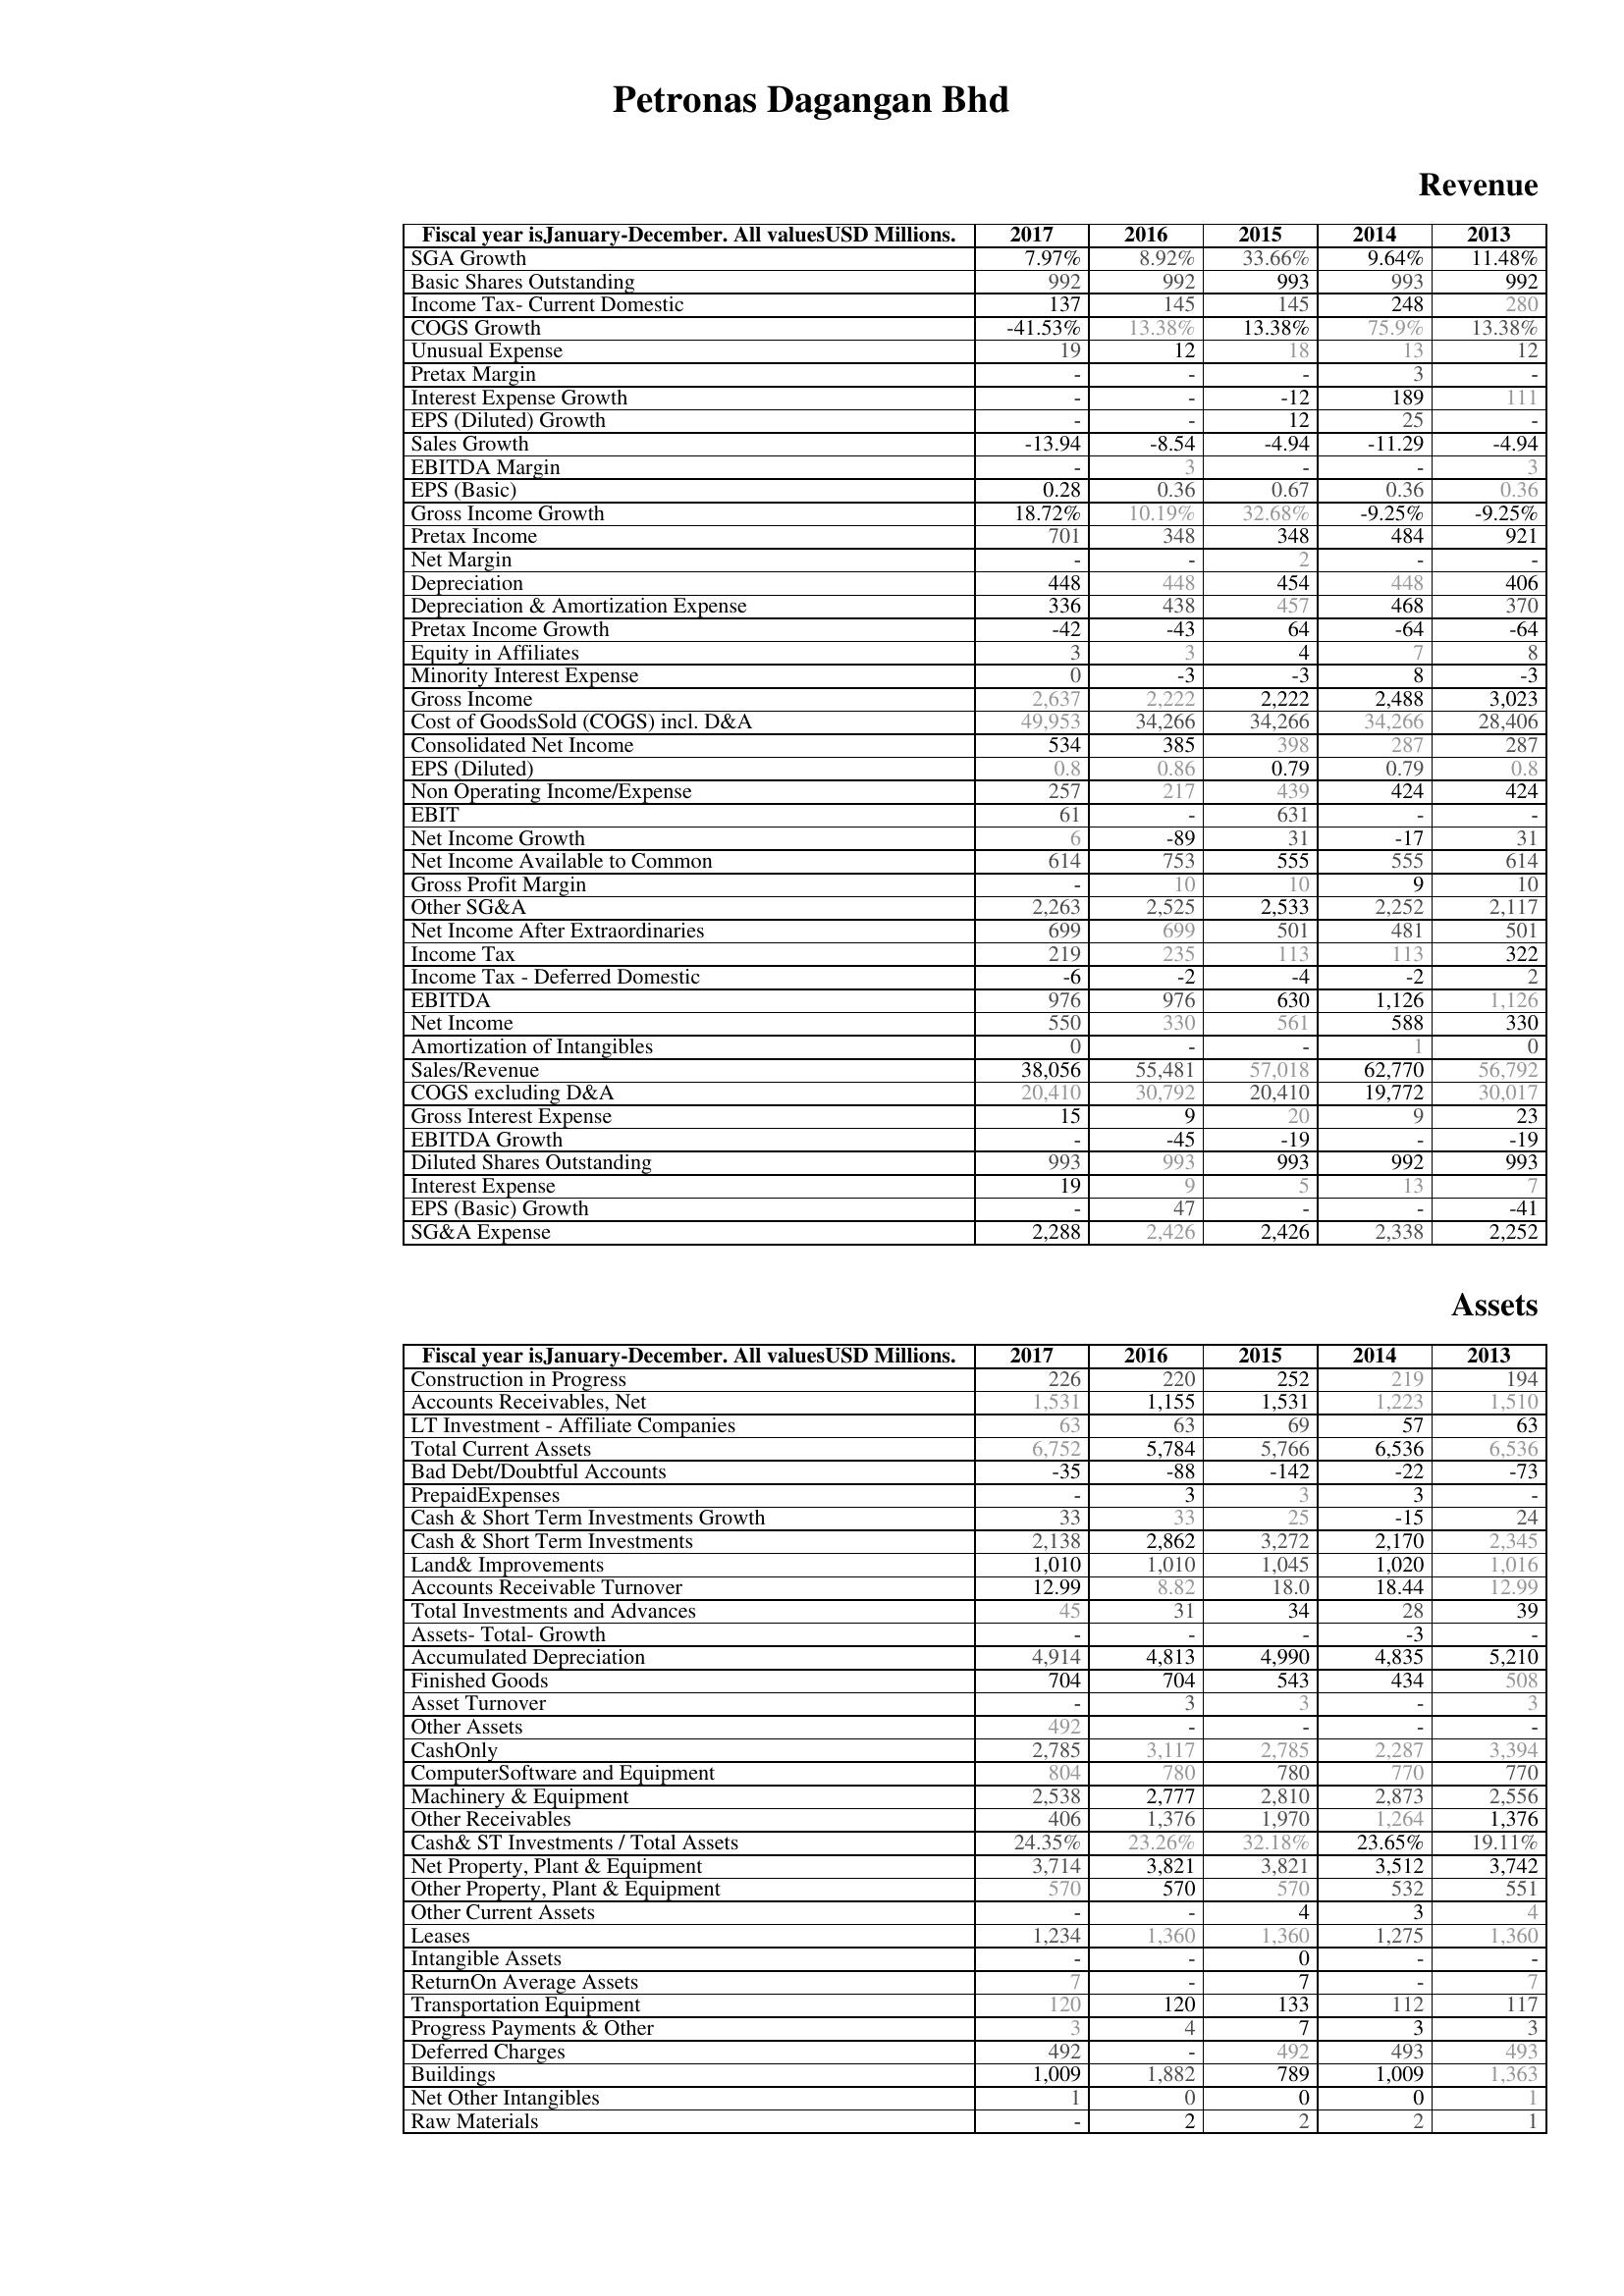
2017: Revenue: SGA Growth: 7.97%
Basic Shares Outstanding: 992
Income Tax- Current Domestic: 137
COGS Growth: -41.53%
Unusual Expense: 19
Pretax Margin: -
Interest Expense Growth: -
EPS (Diluted) Growth: -
Sales Growth: -13.94
EBITDA Margin: -
EPS (Basic): 0.28
Gross Income Growth: 18.72%
Pretax Income: 701
Net Margin: -
Depreciation: 448
Depreciation & Amortization Expense: 336
Pretax Income Growth: -42
Equity in Affiliates: 3
Minority Interest Expense: 0
Gross Income: 2,637
Cost of GoodsSold (COGS) incl. D&A: 49,953
Consolidated Net Income: 534
EPS (Diluted): 0.8
Non Operating Income/Expense: 257
EBIT: 61
Net Income Growth: 6
Net Income Available to Common: 614
Gross Profit Margin: -
Other SG&A: 2,263
Net Income After Extraordinaries: 699
Income Tax: 219
Income Tax - Deferred Domestic: -6
EBITDA: 976
Net Income: 550
Amortization of Intangibles: 0
Sales/Revenue: 38,056
COGS excluding D&A: 20,410
Gross Interest Expense: 15
EBITDA Growth: -
Diluted Shares Outstanding: 993
Interest Expense: 19
EPS (Basic) Growth: -
SG&A Expense: 2,288
Assets: Construction in Progress: 226
Accounts Receivables, Net: 1,531
LT Investment - Affiliate Companies: 63
Total Current Assets: 6,752
Bad Debt/Doubtful Accounts: -35
PrepaidExpenses: -
Cash & Short Term Investments Growth: 33
Cash & Short Term Investments: 2,138
Land& Improvements: 1,010
Accounts Receivable Turnover: 12.99
Total Investments and Advances: 45
Assets- Total- Growth: -
Accumulated Depreciation: 4,914
Finished Goods: 704
Asset Turnover: -
Other Assets: 492
CashOnly: 2,785
ComputerSoftware and Equipment: 804
Machinery & Equipment: 2,538
Other Receivables: 406
Cash& ST Investments / Total Assets: 24.35%
Net Property, Plant & Equipment: 3,714
Other Property, Plant & Equipment: 570
Other Current Assets: -
Leases: 1,234
Intangible Assets: -
ReturnOn Average Assets: 7
Transportation Equipment: 120
Progress Payments & Other: 3
Deferred Charges: 492
Buildings: 1,009
Net Other Intangibles: 1
Raw Materials: -
2016: Revenue: SGA Growth: 8.92%
Basic Shares Outstanding: 992
Income Tax- Current Domestic: 145
COGS Growth: 13.38%
Unusual Expense: 12
Pretax Margin: -
Interest Expense Growth: -
EPS (Diluted) Growth: -
Sales Growth: -8.54
EBITDA Margin: 3
EPS (Basic): 0.36
Gross Income Growth: 10.19%
Pretax Income: 348
Net Margin: -
Depreciation: 448
Depreciation & Amortization Expense: 438
Pretax Income Growth: -43
Equity in Affiliates: 3
Minority Interest Expense: -3
Gross Income: 2,222
Cost of GoodsSold (COGS) incl. D&A: 34,266
Consolidated Net Income: 385
EPS (Diluted): 0.86
Non Operating Income/Expense: 217
EBIT: -
Net Income Growth: -89
Net Income Available to Common: 753
Gross Profit Margin: 10
Other SG&A: 2,525
Net Income After Extraordinaries: 699
Income Tax: 235
Income Tax - Deferred Domestic: -2
EBITDA: 976
Net Income: 330
Amortization of Intangibles: -
Sales/Revenue: 55,481
COGS excluding D&A: 30,792
Gross Interest Expense: 9
EBITDA Growth: -45
Diluted Shares Outstanding: 993
Interest Expense: 9
EPS (Basic) Growth: 47
SG&A Expense: 2,426
Assets: Construction in Progress: 220
Accounts Receivables, Net: 1,155
LT Investment - Affiliate Companies: 63
Total Current Assets: 5,784
Bad Debt/Doubtful Accounts: -88
PrepaidExpenses: 3
Cash & Short Term Investments Growth: 33
Cash & Short Term Investments: 2,862
Land& Improvements: 1,010
Accounts Receivable Turnover: 8.82
Total Investments and Advances: 31
Assets- Total- Growth: -
Accumulated Depreciation: 4,813
Finished Goods: 704
Asset Turnover: 3
Other Assets: -
CashOnly: 3,117
ComputerSoftware and Equipment: 780
Machinery & Equipment: 2,777
Other Receivables: 1,376
Cash& ST Investments / Total Assets: 23.26%
Net Property, Plant & Equipment: 3,821
Other Property, Plant & Equipment: 570
Other Current Assets: -
Leases: 1,360
Intangible Assets: -
ReturnOn Average Assets: -
Transportation Equipment: 120
Progress Payments & Other: 4
Deferred Charges: -
Buildings: 1,882
Net Other Intangibles: 0
Raw Materials: 2
2015: Revenue: SGA Growth: 33.66%
Basic Shares Outstanding: 993
Income Tax- Current Domestic: 145
COGS Growth: 13.38%
Unusual Expense: 18
Pretax Margin: -
Interest Expense Growth: -12
EPS (Diluted) Growth: 12
Sales Growth: -4.94
EBITDA Margin: -
EPS (Basic): 0.67
Gross Income Growth: 32.68%
Pretax Income: 348
Net Margin: 2
Depreciation: 454
Depreciation & Amortization Expense: 457
Pretax Income Growth: 64
Equity in Affiliates: 4
Minority Interest Expense: -3
Gross Income: 2,222
Cost of GoodsSold (COGS) incl. D&A: 34,266
Consolidated Net Income: 398
EPS (Diluted): 0.79
Non Operating Income/Expense: 439
EBIT: 631
Net Income Growth: 31
Net Income Available to Common: 555
Gross Profit Margin: 10
Other SG&A: 2,533
Net Income After Extraordinaries: 501
Income Tax: 113
Income Tax - Deferred Domestic: -4
EBITDA: 630
Net Income: 561
Amortization of Intangibles: -
Sales/Revenue: 57,018
COGS excluding D&A: 20,410
Gross Interest Expense: 20
EBITDA Growth: -19
Diluted Shares Outstanding: 993
Interest Expense: 5
EPS (Basic) Growth: -
SG&A Expense: 2,426
Assets: Construction in Progress: 252
Accounts Receivables, Net: 1,531
LT Investment - Affiliate Companies: 69
Total Current Assets: 5,766
Bad Debt/Doubtful Accounts: -142
PrepaidExpenses: 3
Cash & Short Term Investments Growth: 25
Cash & Short Term Investments: 3,272
Land& Improvements: 1,045
Accounts Receivable Turnover: 18.0
Total Investments and Advances: 34
Assets- Total- Growth: -
Accumulated Depreciation: 4,990
Finished Goods: 543
Asset Turnover: 3
Other Assets: -
CashOnly: 2,785
ComputerSoftware and Equipment: 780
Machinery & Equipment: 2,810
Other Receivables: 1,970
Cash& ST Investments / Total Assets: 32.18%
Net Property, Plant & Equipment: 3,821
Other Property, Plant & Equipment: 570
Other Current Assets: 4
Leases: 1,360
Intangible Assets: 0
ReturnOn Average Assets: 7
Transportation Equipment: 133
Progress Payments & Other: 7
Deferred Charges: 492
Buildings: 789
Net Other Intangibles: 0
Raw Materials: 2
2014: Revenue: SGA Growth: 9.64%
Basic Shares Outstanding: 993
Income Tax- Current Domestic: 248
COGS Growth: 75.9%
Unusual Expense: 13
Pretax Margin: 3
Interest Expense Growth: 189
EPS (Diluted) Growth: 25
Sales Growth: -11.29
EBITDA Margin: -
EPS (Basic): 0.36
Gross Income Growth: -9.25%
Pretax Income: 484
Net Margin: -
Depreciation: 448
Depreciation & Amortization Expense: 468
Pretax Income Growth: -64
Equity in Affiliates: 7
Minority Interest Expense: 8
Gross Income: 2,488
Cost of GoodsSold (COGS) incl. D&A: 34,266
Consolidated Net Income: 287
EPS (Diluted): 0.79
Non Operating Income/Expense: 424
EBIT: -
Net Income Growth: -17
Net Income Available to Common: 555
Gross Profit Margin: 9
Other SG&A: 2,252
Net Income After Extraordinaries: 481
Income Tax: 113
Income Tax - Deferred Domestic: -2
EBITDA: 1,126
Net Income: 588
Amortization of Intangibles: 1
Sales/Revenue: 62,770
COGS excluding D&A: 19,772
Gross Interest Expense: 9
EBITDA Growth: -
Diluted Shares Outstanding: 992
Interest Expense: 13
EPS (Basic) Growth: -
SG&A Expense: 2,338
Assets: Construction in Progress: 219
Accounts Receivables, Net: 1,223
LT Investment - Affiliate Companies: 57
Total Current Assets: 6,536
Bad Debt/Doubtful Accounts: -22
PrepaidExpenses: 3
Cash & Short Term Investments Growth: -15
Cash & Short Term Investments: 2,170
Land& Improvements: 1,020
Accounts Receivable Turnover: 18.44
Total Investments and Advances: 28
Assets- Total- Growth: -3
Accumulated Depreciation: 4,835
Finished Goods: 434
Asset Turnover: -
Other Assets: -
CashOnly: 2,287
ComputerSoftware and Equipment: 770
Machinery & Equipment: 2,873
Other Receivables: 1,264
Cash& ST Investments / Total Assets: 23.65%
Net Property, Plant & Equipment: 3,512
Other Property, Plant & Equipment: 532
Other Current Assets: 3
Leases: 1,275
Intangible Assets: -
ReturnOn Average Assets: -
Transportation Equipment: 112
Progress Payments & Other: 3
Deferred Charges: 493
Buildings: 1,009
Net Other Intangibles: 0
Raw Materials: 2
2013: Revenue: SGA Growth: 11.48%
Basic Shares Outstanding: 992
Income Tax- Current Domestic: 280
COGS Growth: 13.38%
Unusual Expense: 12
Pretax Margin: -
Interest Expense Growth: 111
EPS (Diluted) Growth: -
Sales Growth: -4.94
EBITDA Margin: 3
EPS (Basic): 0.36
Gross Income Growth: -9.25%
Pretax Income: 921
Net Margin: -
Depreciation: 406
Depreciation & Amortization Expense: 370
Pretax Income Growth: -64
Equity in Affiliates: 8
Minority Interest Expense: -3
Gross Income: 3,023
Cost of GoodsSold (COGS) incl. D&A: 28,406
Consolidated Net Income: 287
EPS (Diluted): 0.8
Non Operating Income/Expense: 424
EBIT: -
Net Income Growth: 31
Net Income Available to Common: 614
Gross Profit Margin: 10
Other SG&A: 2,117
Net Income After Extraordinaries: 501
Income Tax: 322
Income Tax - Deferred Domestic: 2
EBITDA: 1,126
Net Income: 330
Amortization of Intangibles: 0
Sales/Revenue: 56,792
COGS excluding D&A: 30,017
Gross Interest Expense: 23
EBITDA Growth: -19
Diluted Shares Outstanding: 993
Interest Expense: 7
EPS (Basic) Growth: -41
SG&A Expense: 2,252
Assets: Construction in Progress: 194
Accounts Receivables, Net: 1,510
LT Investment - Affiliate Companies: 63
Total Current Assets: 6,536
Bad Debt/Doubtful Accounts: -73
PrepaidExpenses: -
Cash & Short Term Investments Growth: 24
Cash & Short Term Investments: 2,345
Land& Improvements: 1,016
Accounts Receivable Turnover: 12.99
Total Investments and Advances: 39
Assets- Total- Growth: -
Accumulated Depreciation: 5,210
Finished Goods: 508
Asset Turnover: 3
Other Assets: -
CashOnly: 3,394
ComputerSoftware and Equipment: 770
Machinery & Equipment: 2,556
Other Receivables: 1,376
Cash& ST Investments / Total Assets: 19.11%
Net Property, Plant & Equipment: 3,742
Other Property, Plant & Equipment: 551
Other Current Assets: 4
Leases: 1,360
Intangible Assets: -
ReturnOn Average Assets: 7
Transportation Equipment: 117
Progress Payments & Other: 3
Deferred Charges: 493
Buildings: 1,363
Net Other Intangibles: 1
Raw Materials: 1